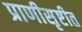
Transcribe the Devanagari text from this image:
प्राणीसृष्टीत